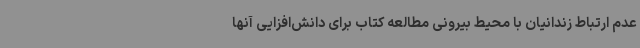
عدم ارتباط زندانیان با محیط بیرونی مطالعه کتاب برای دانش‌افزایی آنها